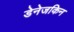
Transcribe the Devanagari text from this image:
डेनेजकिन